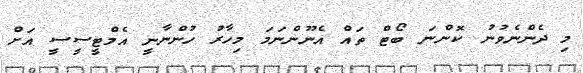
މި ދެންނެވުނު ކޮންނަ ބޯޓް ތައް އެނޫންނަމަ މިހާރު ހުންނާނީ އެމްޓީސީސީ އަށް